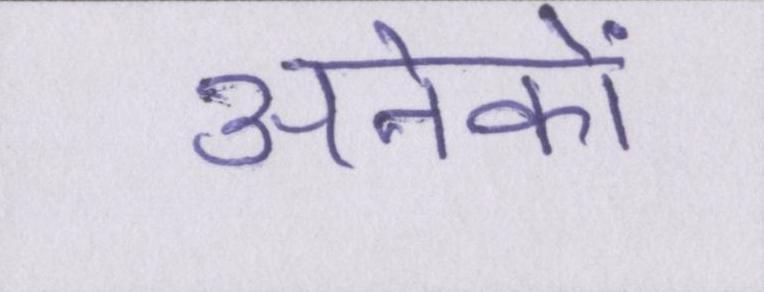
अनेकों